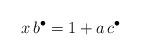
LaTeX: \begin{align*} x \, b^\bullet= 1+a \, c^\bullet \end{align*}